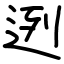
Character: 迾